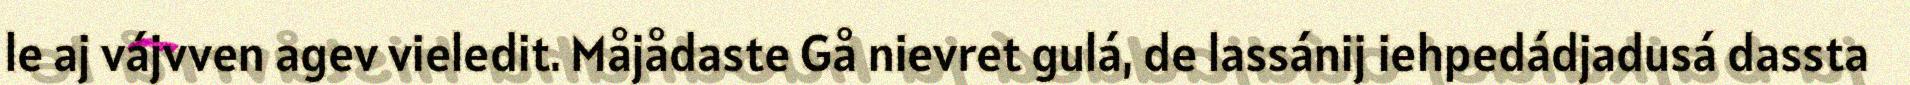
le aj vájvven agev vieledit. Måjådaste Gå nievret gulá, de lassánij iehpedádjadusá dassta